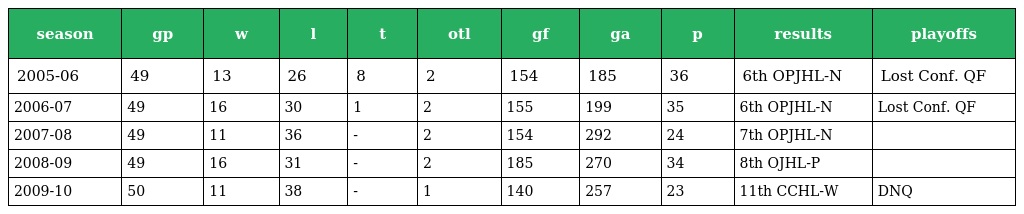
| season | gp | w | l | t | otl | gf | ga | p | results | playoffs |
 | --- | --- | --- | --- | --- | --- | --- | --- | --- | --- | --- |
 | 2005-06 | 49 | 13 | 26 | 8 | 2 | 154 | 185 | 36 | 6th OPJHL-N | Lost Conf. QF |
 | 2006-07 | 49 | 16 | 30 | 1 | 2 | 155 | 199 | 35 | 6th OPJHL-N | Lost Conf. QF |
 | 2007-08 | 49 | 11 | 36 | - | 2 | 154 | 292 | 24 | 7th OPJHL-N |  |
 | 2008-09 | 49 | 16 | 31 | - | 2 | 185 | 270 | 34 | 8th OJHL-P |  |
 | 2009-10 | 50 | 11 | 38 | - | 1 | 140 | 257 | 23 | 11th CCHL-W | DNQ |